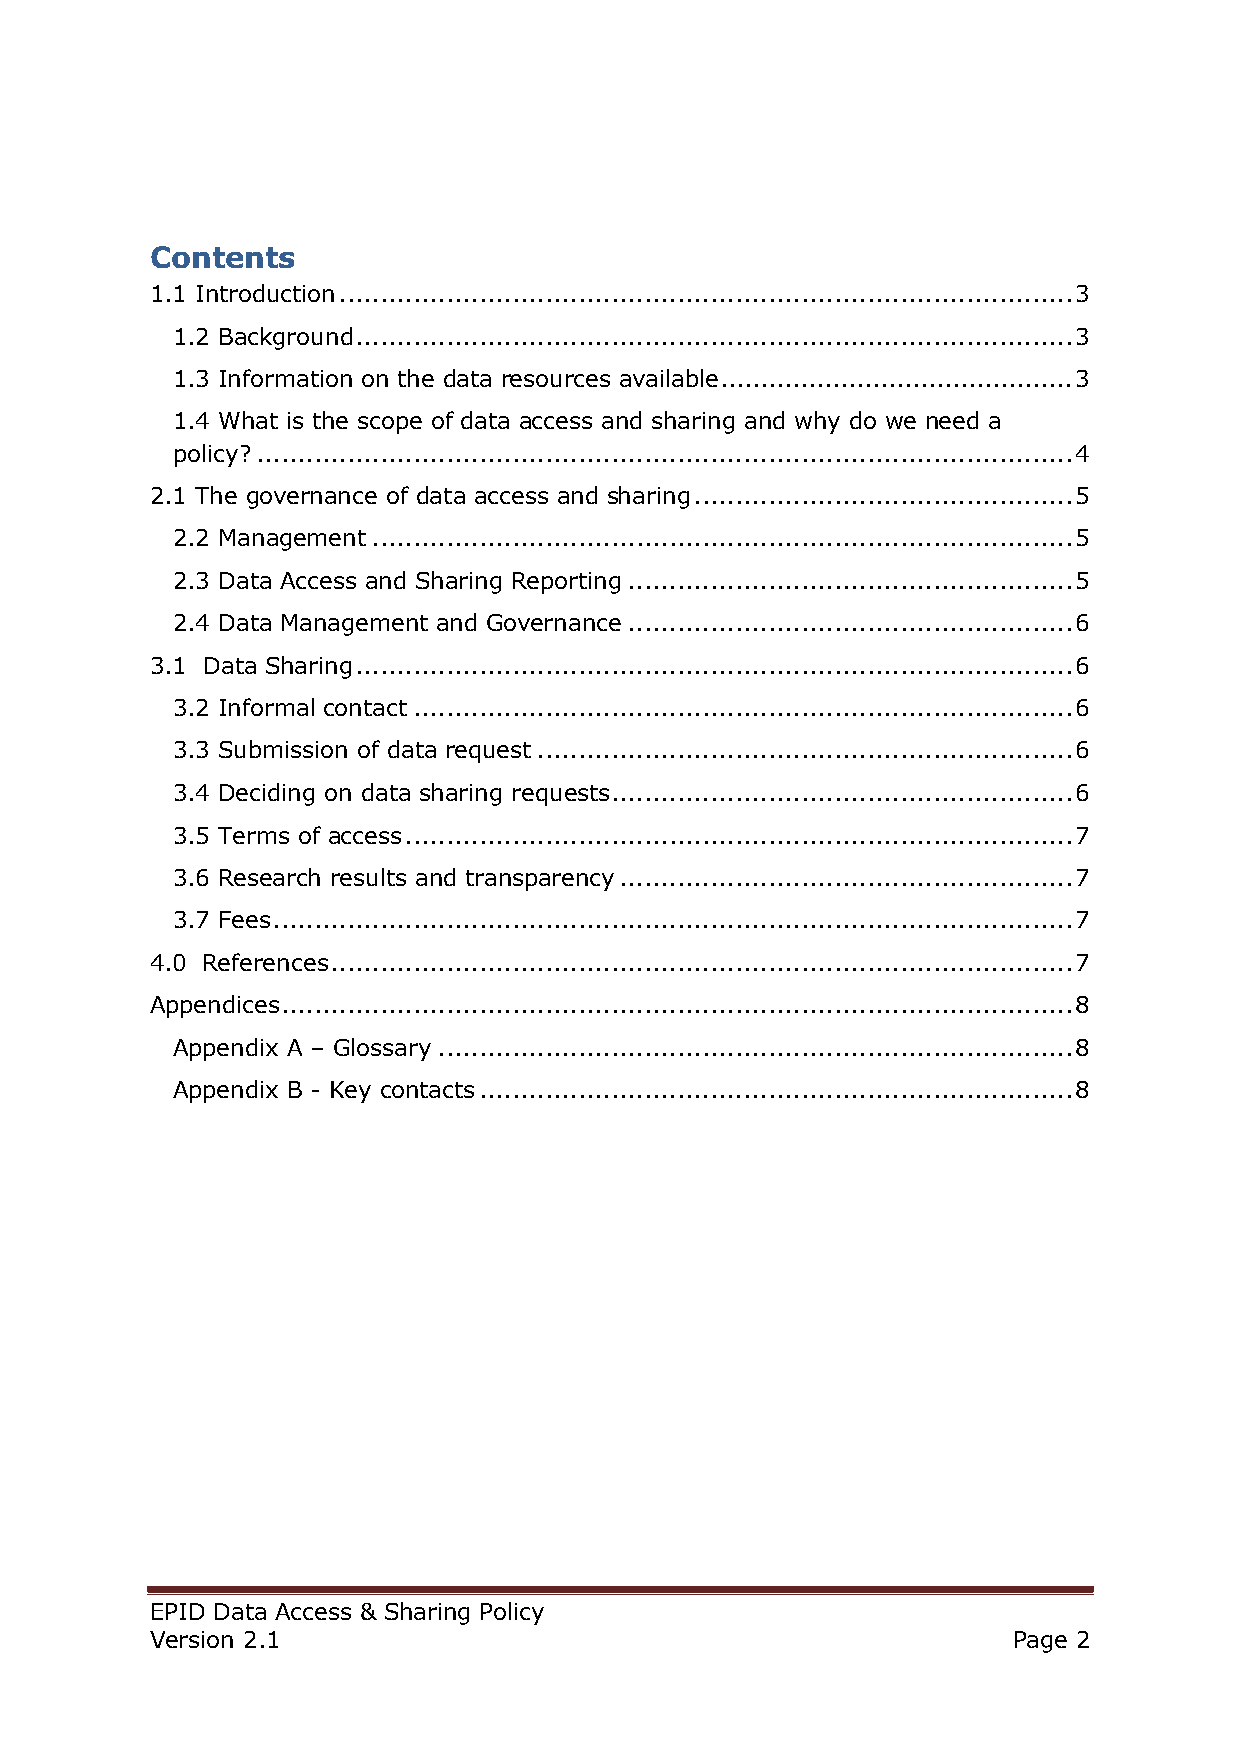
Contents
 1.1 Introduction ......................................................................................... 3
 1.2 Background ....................................................................................... 3
 1.3 Information on the data resources available ............................................ 3
 1.4 What is the scope of data access and sharing and why do we need a
 policy? ................................................................................................... 4
 2.1 The governance of data access and sharing .............................................. 5
 2.2 Management ..................................................................................... 5
 2.3 Data Access and Sharing Reporting ...................................................... 5
 2.4 Data Management and Governance ...................................................... 6
 3.1 Data Sharing ....................................................................................... 6
 3.2 Informal contact ................................................................................ 6
 3.3 Submission of data request ................................................................. 6
 3.4 Deciding on data sharing requests ........................................................ 6
 3.5 Terms of access ................................................................................. 7
 3.6 Research results and transparency ....................................................... 7
 3.7 Fees ................................................................................................. 7
 4.0 References .......................................................................................... 7
 Appendices ................................................................................................ 8
 Appendix A – Glossary ............................................................................. 8
 Appendix B - Key contacts ........................................................................ 8
 EPID Data Access & Sharing Policy
 Version 2.1                                              Page 2